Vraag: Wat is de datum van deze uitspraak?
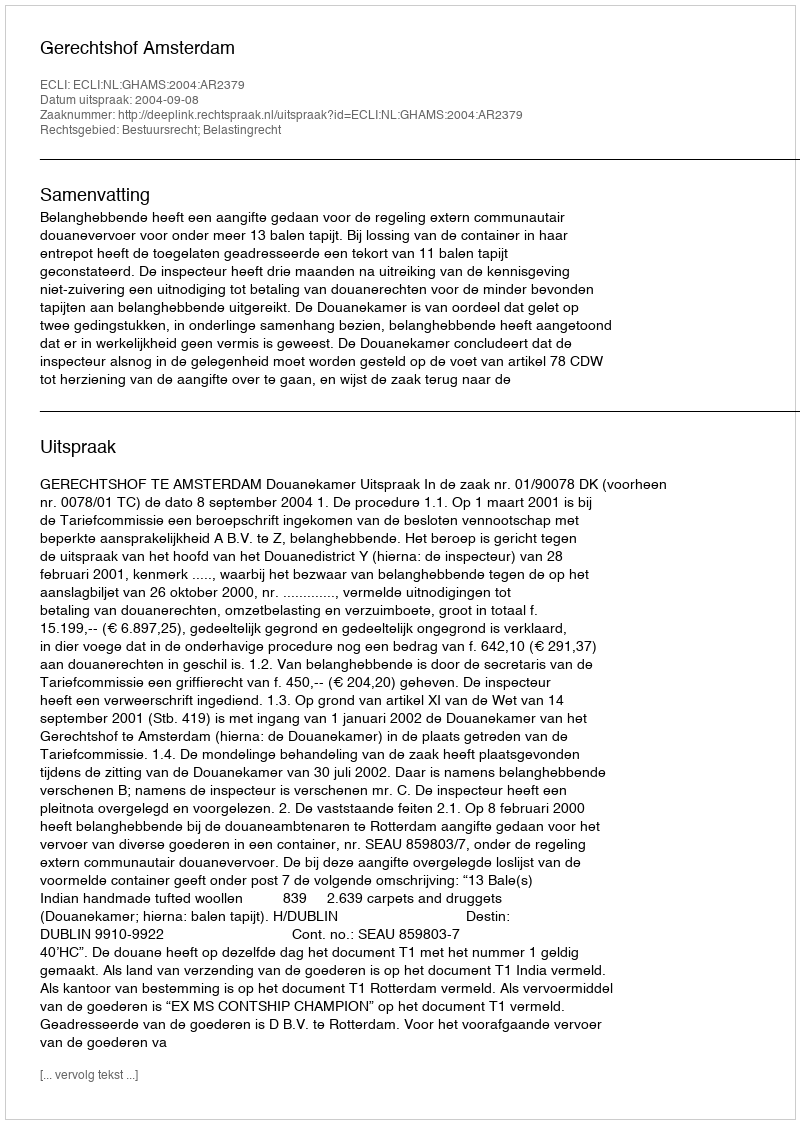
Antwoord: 2004-09-08